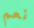
نعم